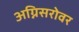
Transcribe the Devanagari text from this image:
अग्निसरोवर